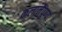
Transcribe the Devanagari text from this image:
कलानैपुण्य